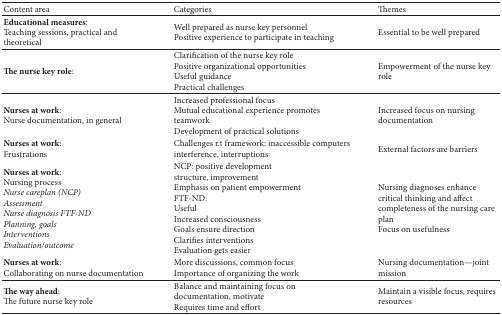
<table><thead><tr><td><b>Content area</b></td><td><b>Categories </b></td><td><b>Themes</b></td></tr></thead><tbody><tr><td><b>Educational measures</b>:Teaching sessions, practical and theoretical</td><td>Well prepared as nurse key personnel Positive experience to participate in teaching</td><td>Essential to be well prepared</td></tr><tr><td><b>The nurse key role</b>:</td><td>Clarification of the nurse key role Positive organizational opportunities Useful guidance Practical challenges</td><td>Empowerment of the nurse key role</td></tr><tr><td><b>Nurses at work</b>: Nurse documentation, in general</td><td>Increased professional focus Mutual educational experience promotes teamwork Development of practical solutions</td><td>Increased focus on nursing documentation </td></tr><tr><td><b>Nurses at work</b>: Frustrations</td><td>Challenges r.t framework: inaccessible computers interference, interruptions</td><td>External factors are barriers </td></tr><tr><td><b>Nurses at work</b>:Nursing process<i>Nurse careplan (NCP)</i><i>Assessment</i><i>Nurse diagnosis FTF-ND</i><i>Planning, goals</i><i>Interventions</i><i>Evaluation/outcome </i></td><td>NCP: positive development structure, improvement Emphasis on patient empowerment FTF-ND:UsefulIncreased consciousnessGoals ensure direction Clarifies interventions Evaluation gets easier</td><td>Nursing diagnoses enhance critical thinking and affect completeness of the nursing care plan Focus on usefulness</td></tr><tr><td><b>Nurses at work</b>: Collaborating on nurse documentation </td><td>More discussions, common focus Importance of organizing the work</td><td>Nursing documentation—joint mission</td></tr><tr><td><b>The way ahead</b>: The future nurse key role</td><td>Balance and maintaining focus on documentation, motivate Requires time and effort</td><td>Maintain a visible focus, requires resources </td></tr></tbody></table>